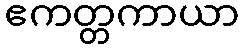
ဧကတ္တကာယာ